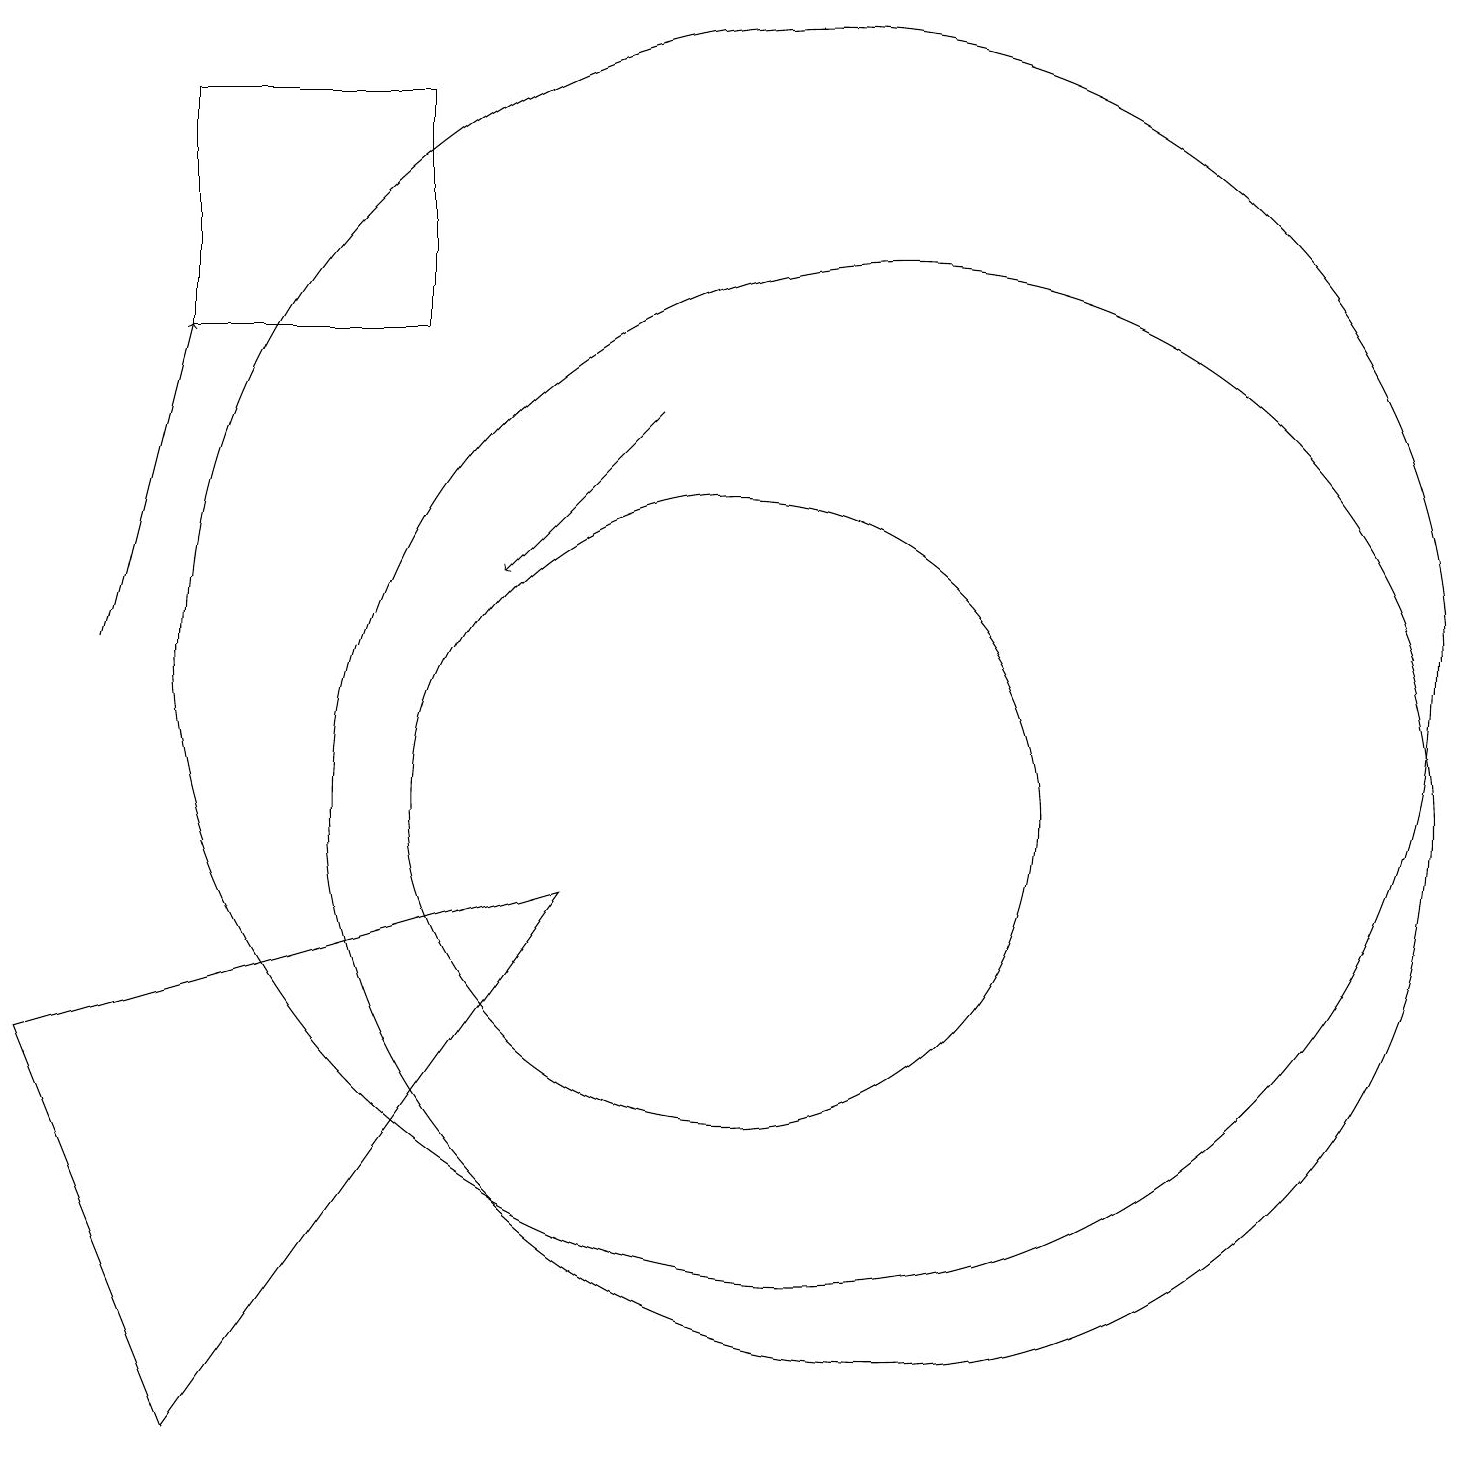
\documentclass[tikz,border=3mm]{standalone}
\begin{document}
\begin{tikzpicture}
\draw (12,10) circle (7);
\draw[->] (9,15) -- (7,13);
\draw (10,10) circle (4);
\draw[->] (2,12) -- (3,16);
\draw (11,12) circle (8);
\draw (3,19) rectangle (6,16);
\draw (8,9) -- (3,2) -- (1,7) -- cycle;
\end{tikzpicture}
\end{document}